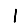
Digit: 1